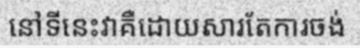
នៅទីនេះវាគឺដោយសារតែការចង់